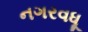
નગરવધૂ